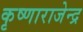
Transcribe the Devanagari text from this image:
कृष्णाराजेन्द्र